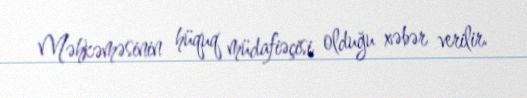
Məhkəməsinin hüquq müdafiəçisi olduğu xəbər verilir.